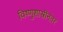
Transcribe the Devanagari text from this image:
विष्णुशास्त्रींनंतर